Vaccination in Bombay 1902-1912 - 1902-1912
Year: 1902
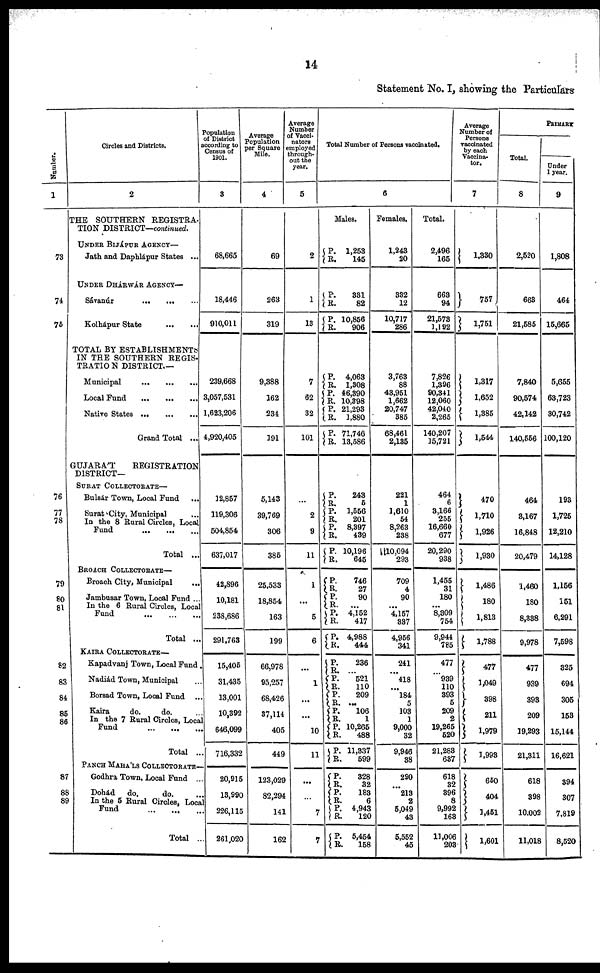
14
Statement No. I, showing the Particulars
Number.
1
73
74
75
76
77
78
79
80
81
82
83
84
85
86
87
88
89
Circles and Districts.
2
THE SOUTHERN REGISTRA-
TION DISTRICT—continued.
UNDER BIJÁPUR AGENCY—
Jath and Daphlápur States ...
UNDER DHÁRWÁR AGENCY—
Sávanúr
...
...
...
Kolhápur State
...
...
TOTAL BY ESTABLISHMENTS
IN THE SOUTHERN REGIS¬
TRATION DISTRICT.—
Municipal
...
...
...
Local Fund
...
...
...
Native States
...
...
...
Grand Total ...
GUJARÁT
REGISTRATION
DISTRICT—
SURAT COLLECTORATE—
Bulsár Town, Local Fund
...
Surat City, Municipal ...
In the 8 Rural Circles, Local
Fund ... ... ...
Total ...
BROACH COLLECTORATE—
Broach City, Municipal
...
Jambusar Town, Local Fund ...
In the 6 Rural Circles, Local
Fund ... ... ...
Total ...
KAIRA COLLECTORATE—
Kapadvanj Town, Local Fund .
Nadiád Town, Municipal ...
Borsad Town, Local Fund ...
Kaira
do.
do. ...
In the 7 Rural Circles, Local
Fund ... ... ...
Total ...
PANCH MAHÁLS COLLECTORATE—
Godhra Town, Local Fund ...
Dohád
do.
do. ...
In the 5 Rural Circles, Local
Fund ... ... ...
Total ...
Population
of District
according to
Census of
1901.
3
68,665
18,446
910,011
239,668
3,057,531
1,623,206
4,920,405
12,857
119,306
504,854
637,017
42,896
10,181
238,686
291,763
15,405
31,435
13,001
10,392
646,099
716,332
20,915
13,990
226,115
261,020
Average
Population
per Square
Mile.
4
69
263
319
9,388
162
234
191
5,143
39,769
306
385
25,533
18,854
163
199
66,978
95,257
68,426
37,114
405
449
123,029
82,294
141
162
Average
Number
of Vacci-
nators
employed
through-
out the
year.
5
2
1
13
7
62
32
101
...
2
9
11
1
...
5
6
...
1
...
...
10
11
...
...
7
7
Total Number of Persons vaccinated.
6
Males.
P.
R.
1,253
145
P.
R.
P.
R.
331
82
10,856
906
P.
R.
P.
R.
P.
R.
P.
R.
4,063
1,308
46,390
10,398
21,293
1,880
71,746
13,586
P.
R. P.
R. P.
R.
P.
R.
243
5
1,556
201
8,397
439
10,196
645
P.
R. P.
R.
P.
R.
P.
R.
746
27
90
...
4,152
417
4,988
444
P.
R.
P.
R.
P.
R.
P.
R. P.
R.
P.
R.
236
...
521
110
209
...
106
1
10,265
488
11,337
599
P.
R. P. R.
P.
R.
P.
R.
328
32
183
6
4,943
120
5,454
158
Females.
1,243
20
332
12
10,717
286
3,763
88
43,951
1,662
20,747
385
68,461
2,135
221
1
1,610
54
8,263
238
10,094
293
709
4
90
...
4,157
337
4,956
341
241
...
418
...
184
5
103
1
9,000
32
9,946
38
290
...
213
2
5,049
43
5,552
45
Total.
2,496
165
663
94
21,573
1,192
7,826
1,396
90,341
12,060
42,040
2,265
140,207
15,721
464
6
3,166
255
16,660
677
20,290
938
1,455
31
180
...
8,309
754
9,944
785
477
...
939
110
393
5
209
2
19,265
520
21,283
637
618
32
396
8
9,992
163
11,006
203
Average
Number of
Persons
vaccinated
by each
Vaccina¬
tor.
7
1,330
757
1,751
1,317
1, 652
1,385
1,544
470
1,710
1,926
1,930
1,486
180
1,813
1,788
477
1,049
398
211
1,979
1,993
650
404
1,451
1,601
PRIMARY
Total.
8
2,520
663
21,585
7,840
90,574
42,142
140,556
464
3,167
16,848
20,479
1,460
180
8,338
9,978
477
939
393
209
19,293
21,311
618
398
10,002
11,018
Under
1 year.
9
1,808
464
15,665
5,655
63,723
30,742
100,120
193
1,725
12,210
14,128
1,156
151
6,291
7,598
325
694
305
153
15,144
16,621
394
307
7,819
8,520